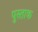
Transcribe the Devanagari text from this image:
पुस्ताक